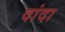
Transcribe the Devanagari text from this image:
वांदा